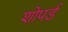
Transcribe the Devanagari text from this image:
शोपर्ड